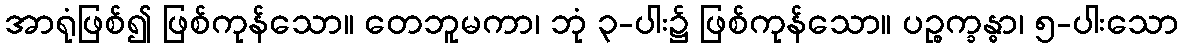
အာရုံဖြစ်၍ ဖြစ်ကုန်သော။ တေဘူမကာ၊ ဘုံ ၃-ပါး၌ ဖြစ်ကုန်သော။ ပဉ္စက္ခန္ဓာ၊ ၅-ပါးသော